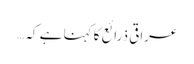
عراقی ذرائع کا کہنا ہے کہ …